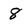
Character: 8